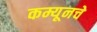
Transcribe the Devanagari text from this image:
कम्यूनचे